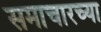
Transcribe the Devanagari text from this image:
समाचारच्या